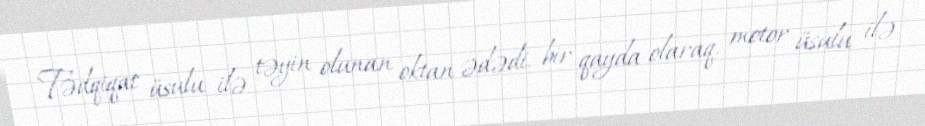
Tədqiqat üsulu ilə təyin olunan oktan ədədi, bir qayda olaraq, motor üsulu ilə